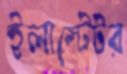
ইলাস্টেটর